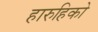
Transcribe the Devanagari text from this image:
हारुहिको